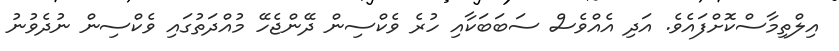
އިލްތިމާސްކޮށްފައެވެ. އަދި އެއްވެސް ސަބަބަކާއި ހުރެ ވެކްސިން ދޭންޖެހޭ މުއްދަތުގައި ވެކްސިން ނުދެވުނު